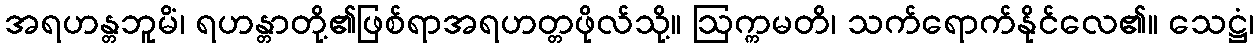
အရဟန္တဘူမိံ၊ ရဟန္တာတို့၏ဖြစ်ရာအရဟတ္တဖိုလ်သို့။ ဩက္ကမတိ၊ သက်ရောက်နိုင်လေ၏။ သေဋ္ဌံ၊